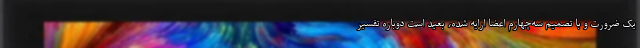
یک ضرورت و با تصمیم سه‌چهارم اعضا ارایه شده، بعید است دوباره تفسیر